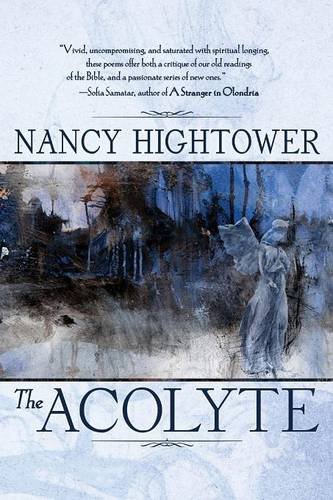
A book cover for The Acolyte; Nancy Hightower; Literature & Fiction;